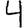
Digit: 4